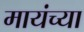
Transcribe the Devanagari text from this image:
मायंच्या